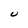
Character: U